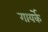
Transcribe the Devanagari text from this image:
गायर्के